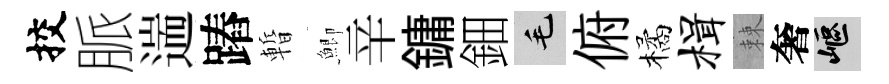
挍脈遄蹖暫鯽辛鏞鈿毛俯橘楫棘奢嶇